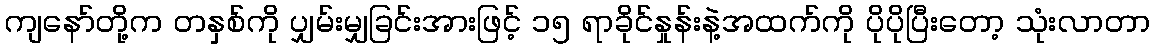
ကျနော်တို့က တနှစ်ကို ပျှမ်းမျှခြင်းအားဖြင့် ၁၅ ရာခိုင်နှုန်းနဲ့အထက်ကို ပိုပိုပြီးတော့ သုံးလာတာ